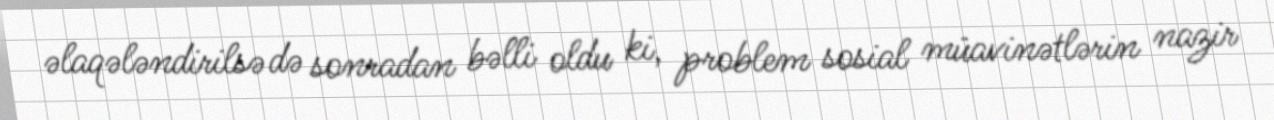
əlaqələndirilsə də sonradan bəlli oldu ki, problem sosial müavinətlərin nazir